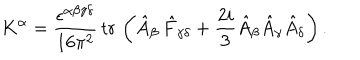
K ^ { \alpha } = \frac { \epsilon ^ { \alpha \beta \gamma \delta } } { 1 6 \pi ^ { 2 } } \, \mathrm { t r \, } \left( \hat { A } _ { \beta } \, \hat { F } _ { \gamma \delta } + \frac { 2 i } 3 \hat { A } _ { \beta } \hat { A } _ { \gamma } \hat { A } _ { \delta } \right) .